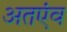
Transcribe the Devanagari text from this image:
अतएंव